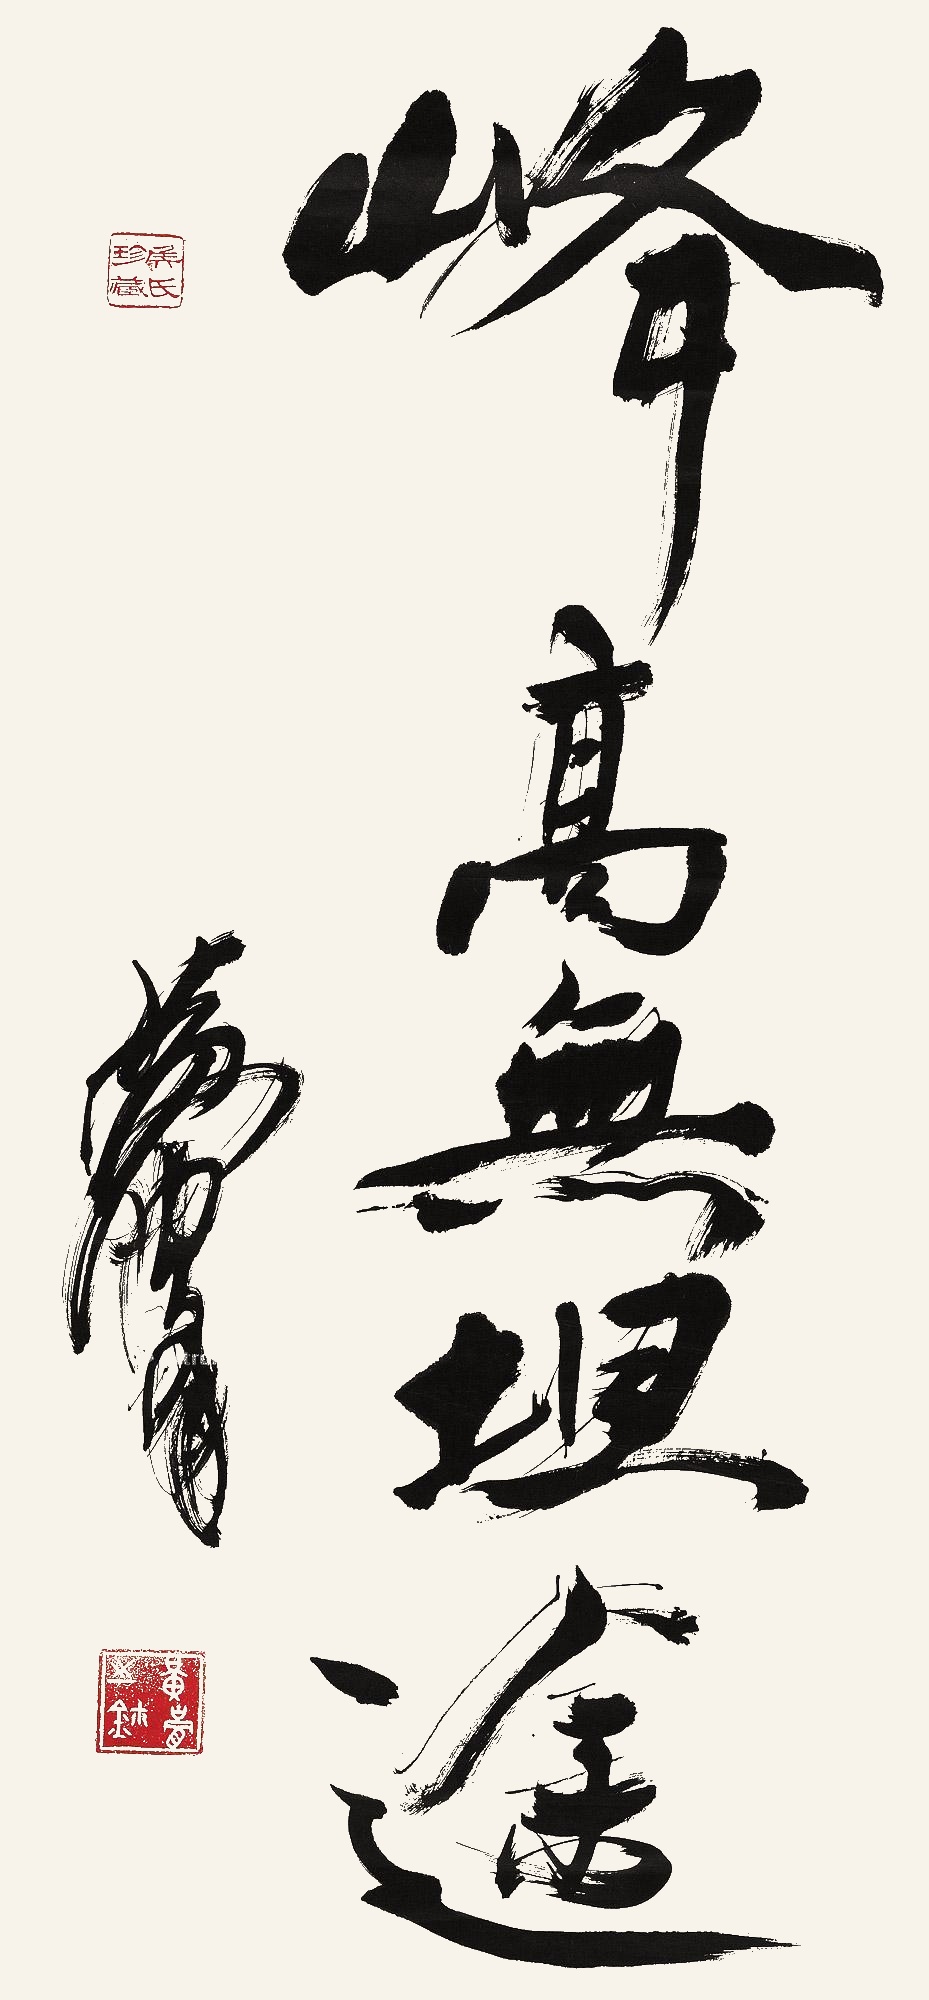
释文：峰高无坦途黄胄。